Lunatic asylums Central Provinces reports 1874-1885 - 1874-1885
Year: 1874
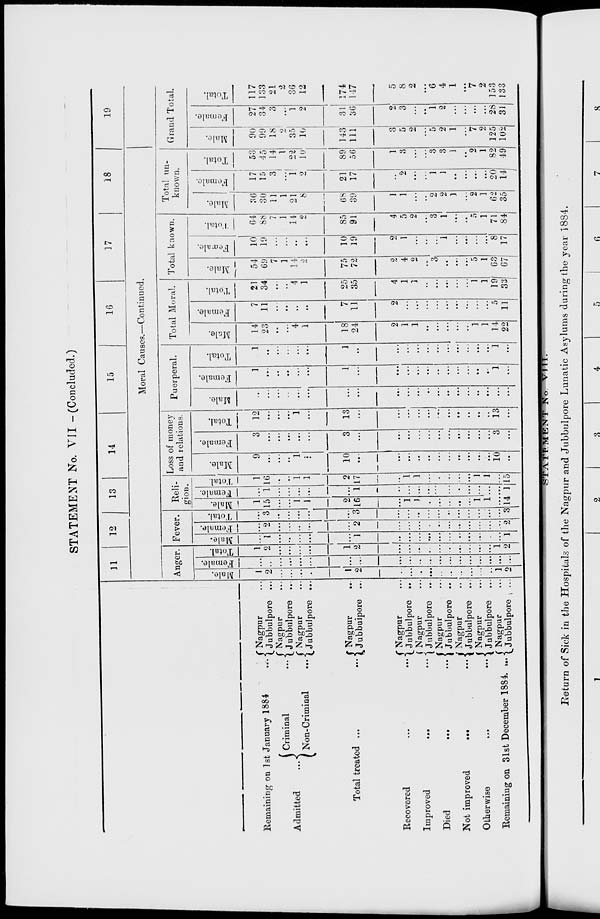
STATEMENT No. VII -(Concluded.)
Remaining on 1st January 1884 ...
Admitted
...
Criminal
...
Non-Criminal
...
Total treated ...
Recovered
...
...
Improved
...
...
Died
...
...
Not improved
...
...
Otherwise
...
...
Remaining on 31st December 1884
...
Nagpur ...
Jubbulpore ...
Nagpur ...
Jubbulpore ...
Nagpur ...
Jubbulpore ...
Nagpur
...
Jubbulpore ...
Nagpur ...
Jubbulpore ...
Nagpur ...
Jubbulpore ...
Nagpur ...
Jubbulpore ...
Nagpur ...
Jubbulpore ...
Nagpur ...
Jubbulpore ...
Nagpur ...
Jubbulpore ...
11
12
13
14
15
16
17
18
Moral Causes.—Continued.
Anger.
Male.
1
2
...
...
...
...
1
2
...
...
...
...
...
...
...
...
...
...
1
2
Female.
...
...
...
...
...
...
...
...
...
...
...
...
...
...
...
...
...
...
...
...
Total.
1
2
...
...
...
...
1
2
...
...
...
...
...
...
...
...
...
...
1
2
Fever.
Male.
...
1
...
...
...
...
...
1
...
...
...
...
...
...
...
...
...
...
...
1
Female.
...
2
...
...
...
...
...
2
...
...
...
...
...
...
...
...
...
...
...
2
Total.
...
3
...
...
...
...
...
3
...
...
...
...
...
...
...
...
...
...
...
3
Reli-
gion.
Male.
1
15
...
...
1
1
2
16
...
1
1
...
...
...
...
...
1
1
...
14
Female.
...
1
...
...
...
...
...
1
...
...
...
...
...
...
...
...
...
...
...
1
Total.
1
16
...
...
1
1
2
17
...
1
1
...
...
...
...
...
1
1
...
15
Loss of money
and relations.
Male.
9
...
...
...
1
...
10
...
...
...
...
...
...
...
...
...
...
...
10
...
Female.
3
...
...
...
...
...
3
...
...
...
...
...
...
...
...
...
...
...
3
...
Total.
12
...
...
...
1
...
13
...
...
...
...
...
...
...
...
...
...
...
13
...
Puerperal.
Male.
...
...
...
...
...
...
...
...
...
...
...
...
...
...
...
...
...
...
...
...
Female.
1
...
...
...
...
...
1
...
...
...
...
...
...
...
...
...
...
...
1
...
Total.
1
...
...
...
...
...
1
...
...
...
...
...
...
...
...
...
...
...
1
...
Total Moral.
Male.
14
23
...
...
4
1
18
24
2
1
1
...
...
...
...
...
1
1
14
22
Female.
7
11
...
...
...
...
7
11
2
...
...
...
...
...
...
...
...
...
5
11
Total.
21
34
...
...
4
1
25
35
4
1
1
...
...
...
...
...
1
1
19
33
Total known.
Male.
54
69
7
1
14
2
75
72
2
4
2
...
3
...
...
...
5
1
63
67
Female.
10
19
...
...
...
...
10
19
2
1
...
...
...
1
...
...
...
...
8
17
Total.
64
88
7
1
14
2
85
91
4
5
2
...
3
1
...
...
5
1
71
84
Total un-
known.
Male.
36
30
11
1
21
8
68
39
1
1
...
...
2
2
1
2
1
62
35
Female.
17
15
3
...
1
2
21
17
...
2
...
...
1
1
...
...
...
...
20
14
Total.
53
45
14
1
22
10
89
56
1
3
...
...
3
3
1
..
2
1
82
49
19
Grand Total.
Male.
90
99
18
2
35
10
143
111
3
5
2
...
5
2
1
7
2
125
102
Female.
27
34
3
...
1
2
31
36
2
3
...
...
1
2
...
...
...
...
28
31
Total.
117
133
21
2
36
12
174
147
5
8
2
...
6
4
1
...
7
2
153
133